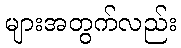
များအတွက်လည်း